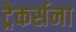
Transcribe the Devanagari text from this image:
ट्रेकर्सना